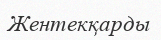
Жентекқарды